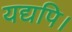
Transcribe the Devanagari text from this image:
यद्यपि।